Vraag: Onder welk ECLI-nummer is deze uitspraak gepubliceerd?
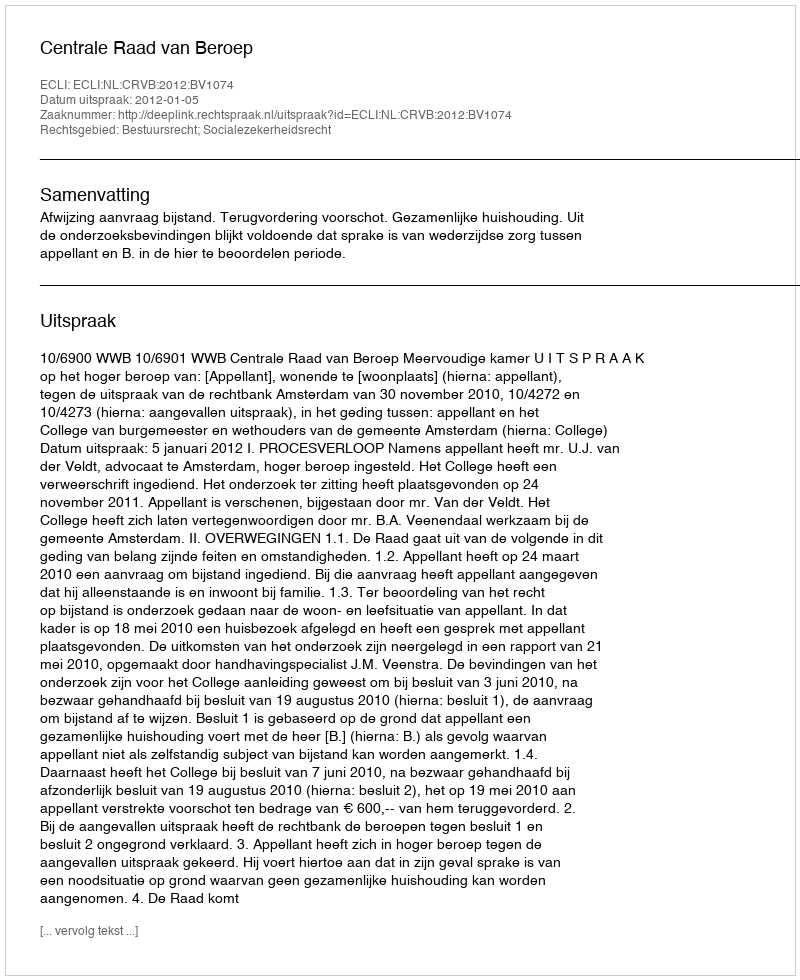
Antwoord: ECLI:NL:CRVB:2012:BV1074